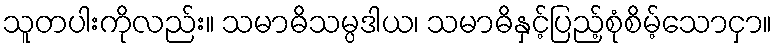
သူတပါးကိုလည်း။ သမာဓိသမ္ပဒါယ၊ သမာဓိနှင့်ပြည့်စုံစိမ့်သောငှာ။